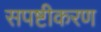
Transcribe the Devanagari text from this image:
सपष्टीकरण